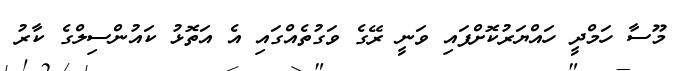
މޫސާ ހަމްދީ ހައްޔަރުކޮށްފައި ވަނީ ރޭގެ ވަގުތެއްގައި އެ އަތޮޅު ކައުންސިލްގެ ކާރު